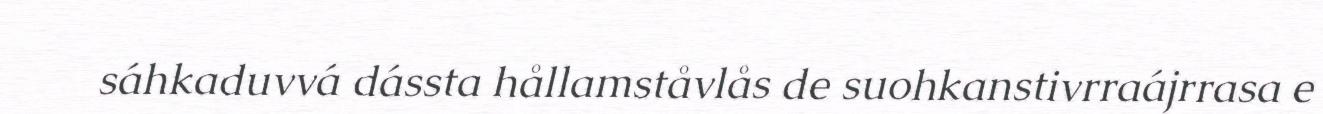
sáhkaduvvá dássta hållamståvlås de suohkanstivrraájrrasa e